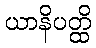
ယာနိပတ္ထိ